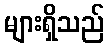
များရှိသည်